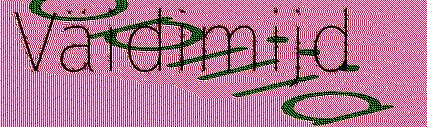
Väidimijd